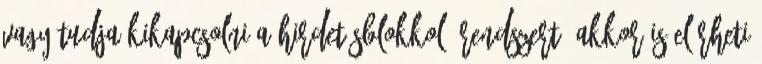
vagy tudja kikapcsolni a hirdetésblokkoló rendszert, akkor is elérheti